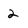
Character: 2